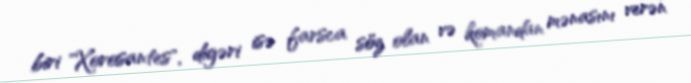
biri "Xorosantes", digəri isə farsca söz olan və komandan mənasını verən